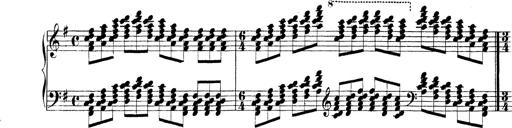
Title: Technische Studien
Composer: Franz Liszt